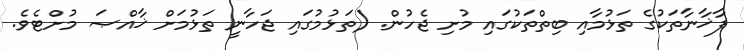
ފާޚާނާތަކުގެ ތަޅުމާއި ބިތްތަކުގައި މުށި ޖެހުން. (ތަޅުމުގައި ޖަހާނީ ތަޅުމަށް ޚާއްޞަ މުށްޓެވެ.